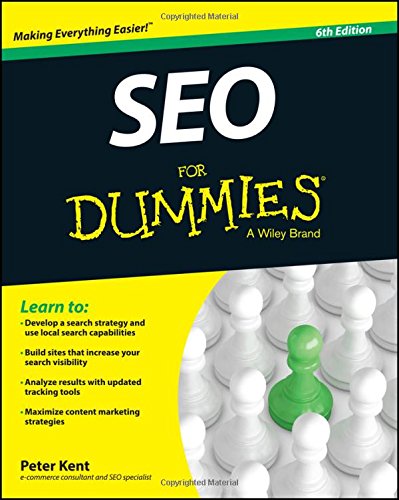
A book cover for SEO For Dummies (For Dummies (Computer/Tech)); Peter Kent; Computers & Technology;